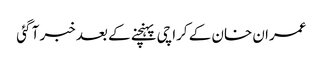
عمران خان کے کراچی پہنچنے کے بعد خبر آ گئی